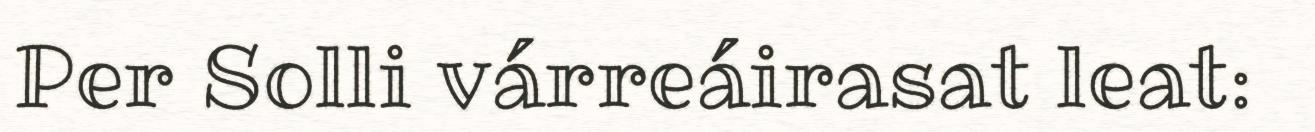
Per Solli várreáirasat leat: